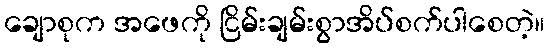
ချောစုက အဖေကို ငြိမ်းချမ်းစွာအိပ်စက်ပါစေတဲ့။